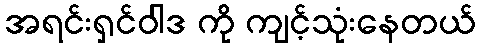
အရင်းရှင်ဝါဒ ကို ကျင့်သုံးနေတယ်